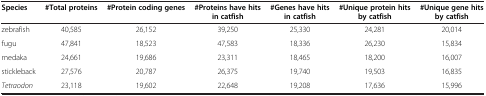
| Species | #Total proteins | #Protein coding genes | #Proteins have hits in catfish | #Genes have hits in catfish | #Unique protein hits by catfish | #Unique gene hits by catfish |
 | --- | --- | --- | --- | --- | --- | --- |
 | zebrafish | 40,585 | 26,152 | 39,250 | 25,330 | 24,281 | 20,014 |
 | fugu | 47,841 | 18,523 | 47,583 | 18,336 | 26,230 | 15,834 |
 | medaka | 24,661 | 19,686 | 23,311 | 18,465 | 18,200 | 16,007 |
 | stickleback | 27,576 | 20,787 | 26,375 | 19,740 | 19,503 | 16,835 |
 | Tetraodon | 23,118 | 19,602 | 22,648 | 19,208 | 17,636 | 15,996 |